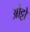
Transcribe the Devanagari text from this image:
औट्टो